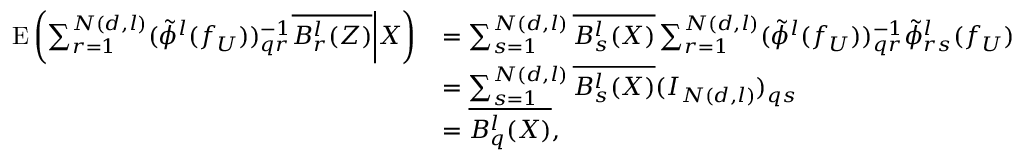
\begin{array} { r l } { \mathrm { E } \left( \sum _ { r = 1 } ^ { N ( d , l ) } ( \tilde { \phi } ^ { l } ( f _ { U } ) ) _ { q r } ^ { - 1 } \overline { { B _ { r } ^ { l } ( Z ) } } \bigg | X \right) } & { = \sum _ { s = 1 } ^ { N ( d , l ) } \overline { { B _ { s } ^ { l } ( X ) } } \sum _ { r = 1 } ^ { N ( d , l ) } ( \tilde { \phi } ^ { l } ( f _ { U } ) ) _ { q r } ^ { - 1 } \tilde { \phi } _ { r s } ^ { l } ( f _ { U } ) } \\ & { = \sum _ { s = 1 } ^ { N ( d , l ) } \overline { { B _ { s } ^ { l } ( X ) } } ( I _ { N ( d , l ) } ) _ { q s } } \\ & { = \overline { { B _ { q } ^ { l } ( X ) } } , } \end{array}